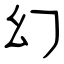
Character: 幻